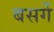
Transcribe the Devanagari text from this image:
बसर्गे